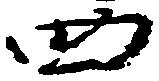
四